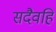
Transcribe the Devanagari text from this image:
सदैवहि